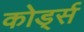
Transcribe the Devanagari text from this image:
कोर्ड्स